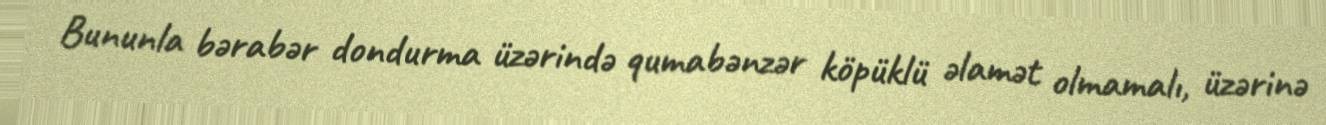
Bununla bərabər dondurma üzərində qumabənzər köpüklü əlamət olmamalı, üzərinə